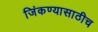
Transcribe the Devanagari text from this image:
जिंकण्यासाठीच